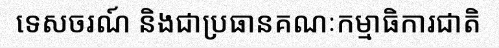
ទេសចរណ៍ និងជាប្រធានគណៈកម្មាធិការជាតិ